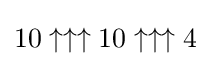
10\uparrow \uparrow \uparrow 10\uparrow \uparrow \uparrow 4